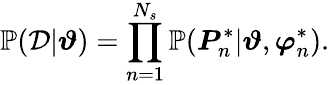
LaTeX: \mathbb{P}(\mathcal{D}|\boldsymbol{\vartheta})=\prod_{n=1}^{N_{s}}\mathbb{P}(\boldsymbol{P}_{n}^{*}|\boldsymbol{\vartheta},\boldsymbol{\varphi}_{n}^{*}).